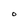
Character: O